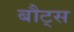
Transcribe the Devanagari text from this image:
बौट्स